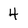
Character: 4